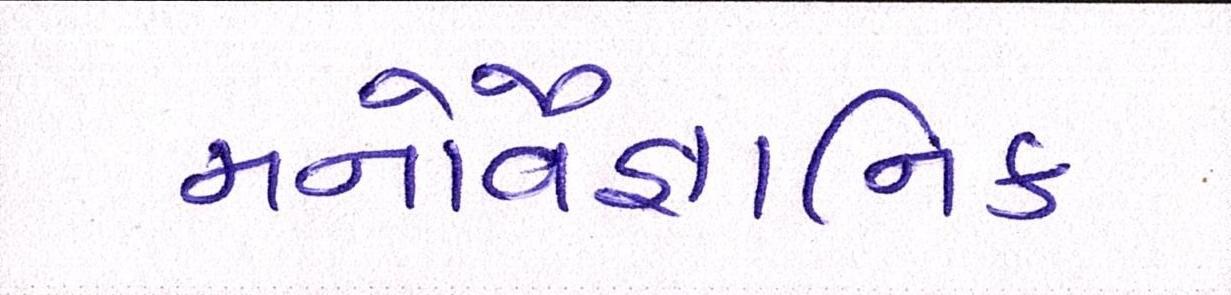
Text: મનોવૈજ્ઞાાનિક